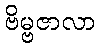
ဗိမ္ဗဇာလာ